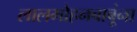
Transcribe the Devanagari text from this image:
लालमोहनबाबूंना